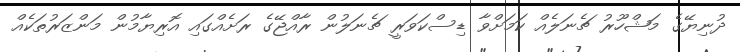
ދުނިޔޭގެ މަޝްހޫރު ޗެނަލެއް ކަމަށްވާ ޑިސްކަވަރީ ޗެނަލުން ރާއްޖޭގެ ރަށެއްގައި އޮރިޔާމުން މަންޒަރުތަކެއް